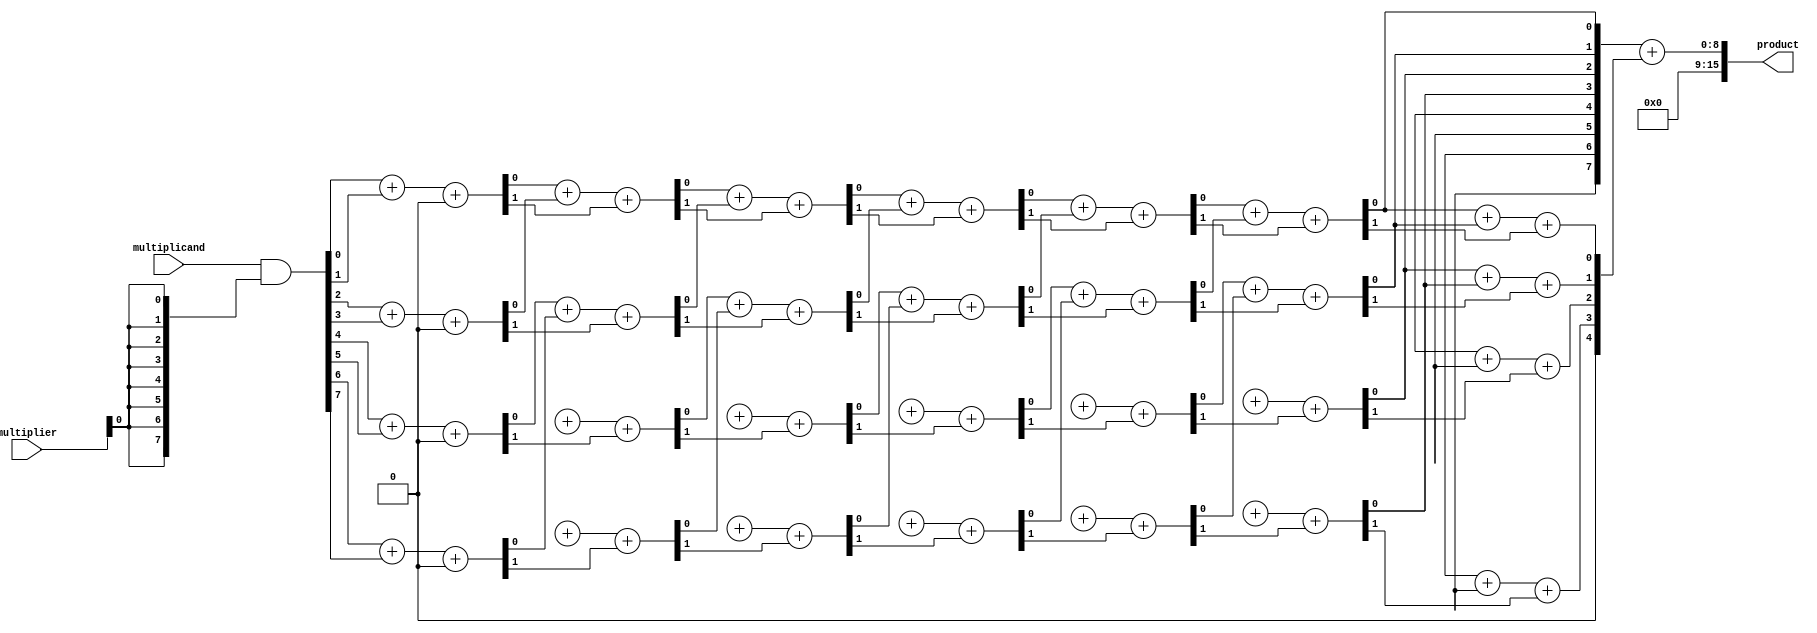
module AdaptiveWallaceTreeMultiplier #(parameter N = 8) (
    input  wire [N-1:0] multiplicand,
    input  wire [N-1:0] multiplier,
    output wire [2*N-1:0] product
);

    // Partial product generation
    wire [N-1:0] pp [0:N-1]; // Partial products
    genvar i;
    generate
        for (i = 0; i < N; i = i + 1) begin : pp_gen
            assign pp[i] = multiplicand & {N{multiplier[i]}};
        end
    endgenerate

    // Wallace tree reduction
    wire [N-1:0] sum [0:N-1]; // Intermediate sums
    wire [N-1:0] carry [0:N-1]; // Intermediate carries
    wire [N-1:0] final_sum, final_carry;

    // Initial stage: Directly assign partial products
    assign sum[0] = pp[0];
    assign carry[0] = 0;

    // Wallace tree reduction stages
    genvar j, k;
    generate
        for (j = 0; j < N-1; j = j + 1) begin : reduction_stage
            for (k = 0; k < (N + 1) / 2; k = k + 1) begin : adder
                if (k * 2 < N) begin
                    assign {carry[j+1][k], sum[j+1][k]} = sum[j][k*2] + (k*2 + 1 < N ? sum[j][k*2 + 1] : 0) + carry[j][k];
                end
            end
        end
    endgenerate

    // Final addition of last two rows
    assign {final_carry, final_sum} = sum[N-2] + sum[N-1];

    // Final product output
    assign product = {final_carry, final_sum};

endmodule